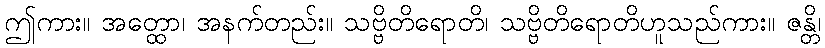
ဤကား။ အတ္ထော၊ အနက်တည်း။ သဗ္ဗိတိရောတိ၊ သဗ္ဗိတိရောတိဟူသည်ကား။ ဇန္တိ၊